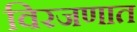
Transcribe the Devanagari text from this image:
विरजणात